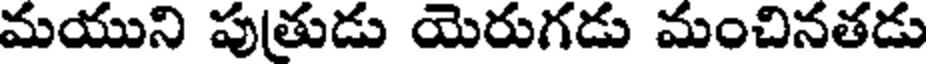
మయుని పుతుడు యెరుగడు మంచినతడు